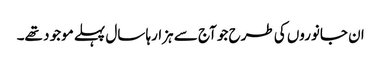
ان جانوروں کی طرح جو آج سے ہزارہا سال پہلے موجو د تھے۔